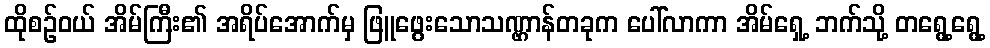
ထိုစဉ်ဝယ် အိမ်ကြီး၏ အရိပ်အောက်မှ ဖြူဖွေးသောသဏ္ဌာန်တခုက ပေါ်လာကာ အိမ်ရှေ့ ဘက်သို့ တရွေ့ရွေ့